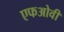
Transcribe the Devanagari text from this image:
एफओवी